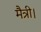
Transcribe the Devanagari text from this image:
मैत्री।